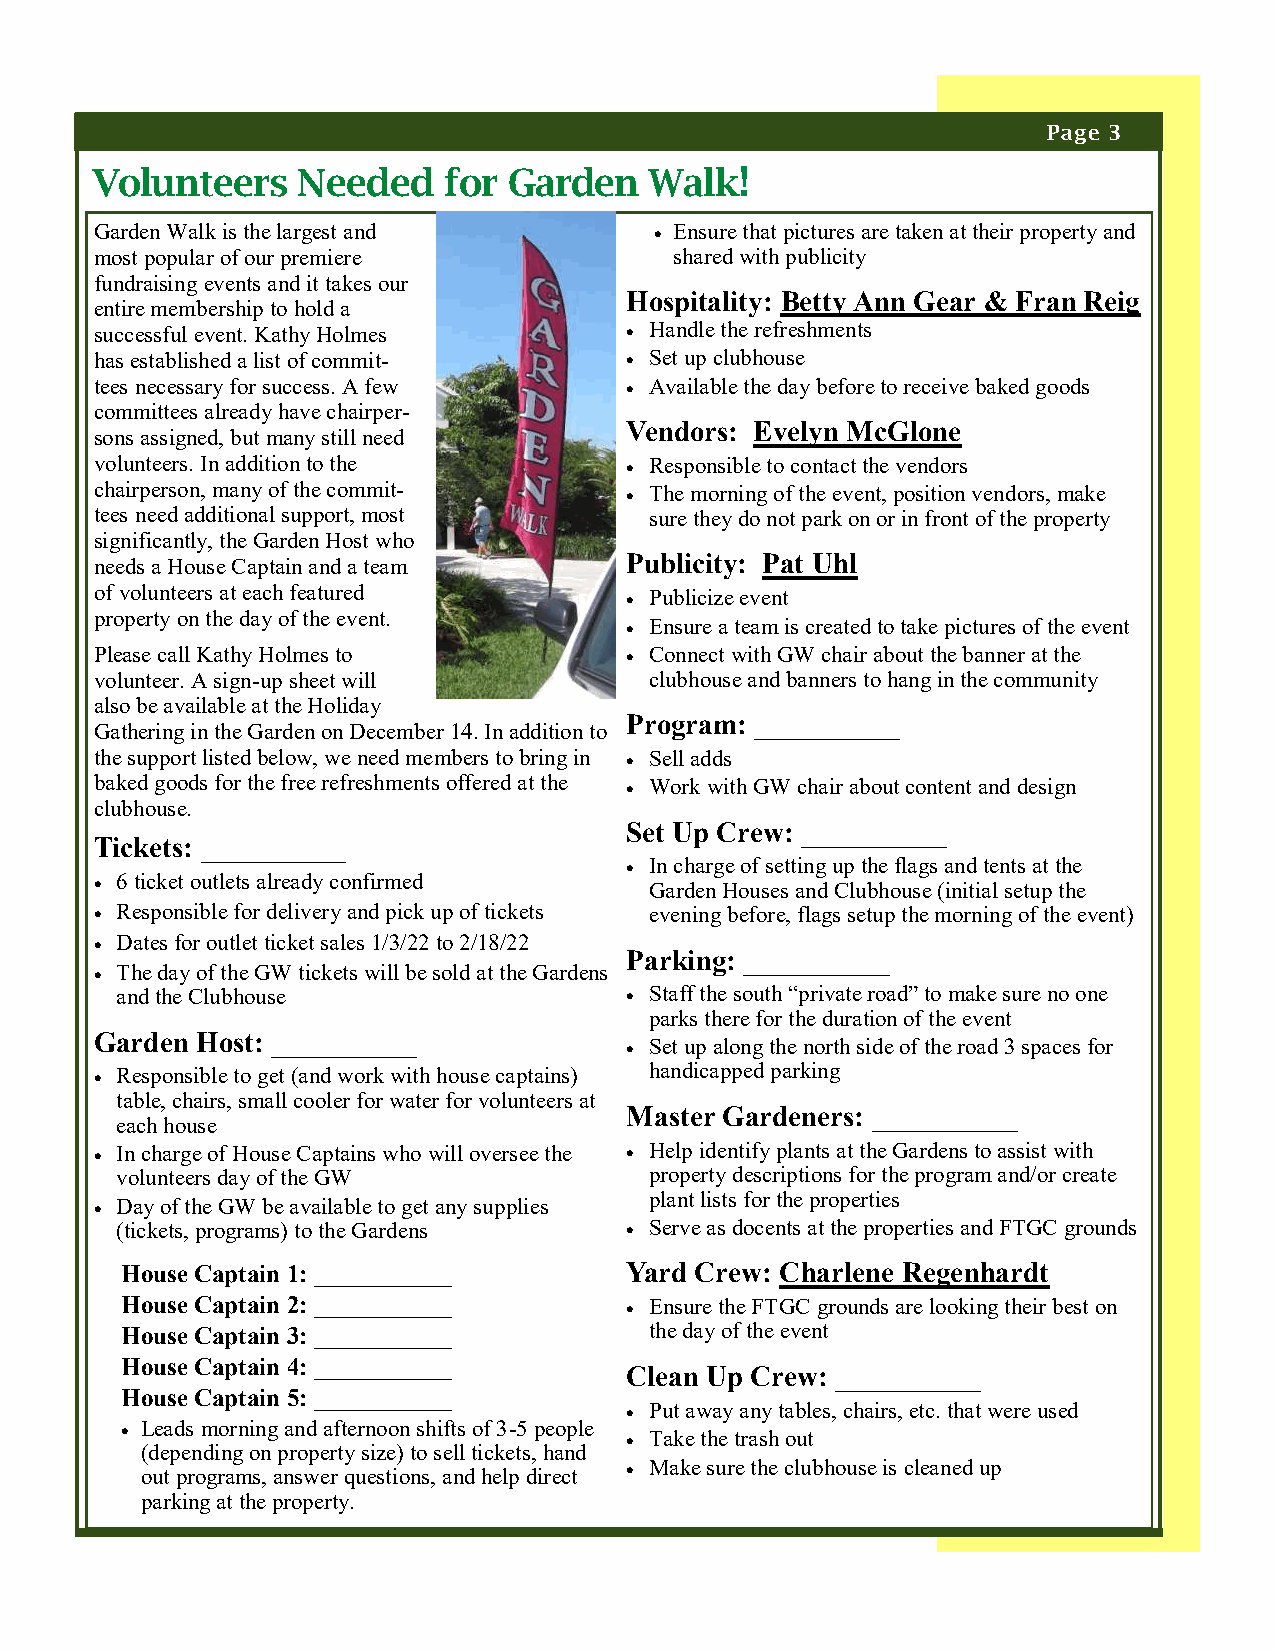
Page 3
 Volunteers    Needed   for  Garden   Walk!
 Garden Walk is the largest and        Ensure that pictures are taken at their property and
 most popular of our premiere           shared with publicity
 fundraising events and it takes our
 Hospitality: Betty Ann Gear & Fran Reig
 entire membership to hold a
 successful event. Kathy Holmes      Handle the refreshments
 has established a list of commit-   Set up clubhouse
 tees necessary for success. A few   Available the day before to receive baked goods
 committees already have chairper-
 Vendors: Evelyn McGlone
 sons assigned, but many still need
 volunteers. In addition to the      Responsible to contact the vendors
 chairperson, many of the commit-    The morning of the event, position vendors, make
 tees need additional support, most   sure they do not park on or in front of the property
 significantly, the Garden Host who
 needs a House Captain and a team   Publicity: Pat Uhl
 of volunteers at each featured      Publicize event
 property on the day of the event.
  Ensure a team is created to take pictures of the event
 Please call Kathy Holmes to         Connect with GW chair about the banner at the
 volunteer. A sign-up sheet will      clubhouse and banners to hang in the community
 also be available at the Holiday
 Program: __________
 Gathering in the Garden on December 14. In addition to
 the support listed below, we need members to bring in  Sell adds
 baked goods for the free refreshments offered at the  Work with GW chair about content and design
 clubhouse.
 Set Up Crew: __________
 Tickets: __________
  In charge of setting up the flags and tents at the
  6 ticket outlets already confirmed Garden Houses and Clubhouse (initial setup the
  Responsible for delivery and pick up of tickets evening before, flags setup the morning of the event)
  Dates for outlet ticket sales 1/3/22 to 2/18/22
 Parking: __________
  The day of the GW tickets will be sold at the Gardens
 and the Clubhouse                 Staff the south “private road” to make sure no one
 parks there for the duration of the event
 Garden Host: __________
  Set up along the north side of the road 3 spaces for
  Responsible to get (and work with house captains) handicapped parking
 table, chairs, small cooler for water for volunteers at
 Master Gardeners: __________
 each house
  In charge of House Captains who will oversee the  Help identify plants at the Gardens to assist with
 volunteers day of the GW           property descriptions for the program and/or create
 plant lists for the properties
  Day of the GW be available to get any supplies
 (tickets, programs) to the Gardens  Serve as docents at the properties and FTGC grounds
 House Captain 1: ___________     Yard Crew: Charlene Regenhardt
 House Captain 2: ___________      Ensure the FTGC grounds are looking their best on
 House Captain 3: ___________       the day of the event
 House Captain 4: ___________
 Clean Up Crew: __________
 House Captain 5: ___________
  Put away any tables, chairs, etc. that were used
  Leads morning and afternoon shifts of 3-5 people  Take the trash out
 (depending on property size) to sell tickets, hand
 out programs, answer questions, and help direct  Make sure the clubhouse is cleaned up
 parking at the property.